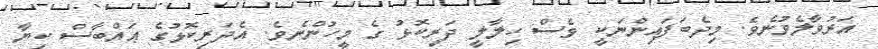
އަރުވާލެވުނެވެ. މިދެބަފައިންނަކީ ވެސް ހިލާލީ ދަރިކޮޅު ގެ މީހުންނެވެ. އެދަރިކޮޅުގެ ޢައްބާސް ކިޔާ